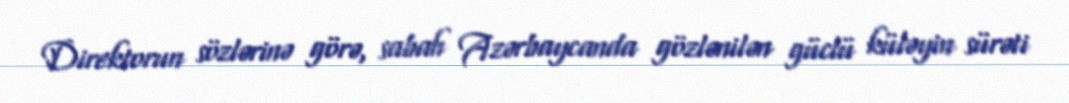
Direktorun sözlərinə görə, sabah Azərbaycanda gözlənilən güclü küləyin sürəti